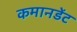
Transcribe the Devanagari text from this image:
कमानडेंट